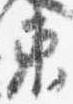
東